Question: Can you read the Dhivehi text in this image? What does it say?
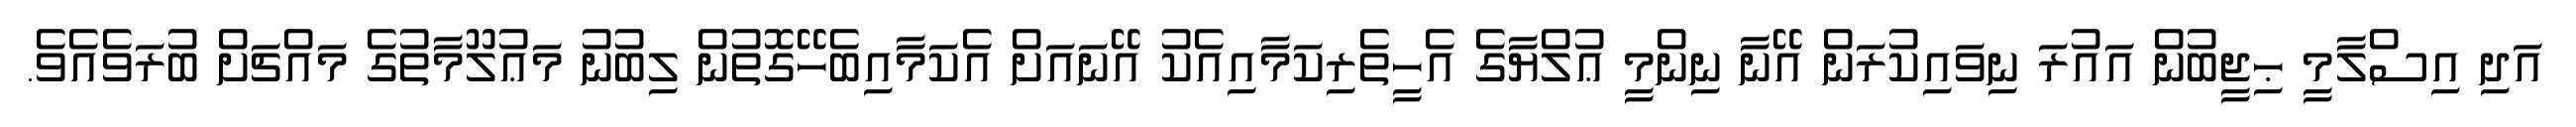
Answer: އަދި އިސްލާމީ ޙިޖީބުން އައުރަ ނިވައިކުރަން އޭނާ ނިންމީ ޢުލްޔާގެ އެހީތެރިކަމާއިއެކު އޭނައަށް އެކަމާއިބެހޭގޮތުން ލިބުނު މަޢުލޫމާތުގެ މައްޗަށް ބުރަވެއެވެ.